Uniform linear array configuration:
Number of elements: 4
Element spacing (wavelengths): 0.5
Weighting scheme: exponential
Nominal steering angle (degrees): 0
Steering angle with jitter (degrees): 1.187
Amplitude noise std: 0.05
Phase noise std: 0.05

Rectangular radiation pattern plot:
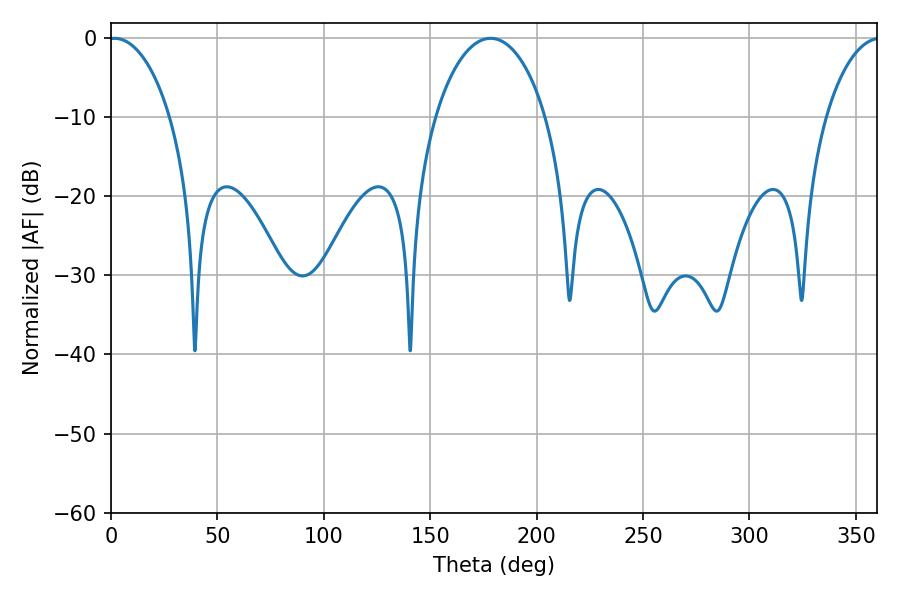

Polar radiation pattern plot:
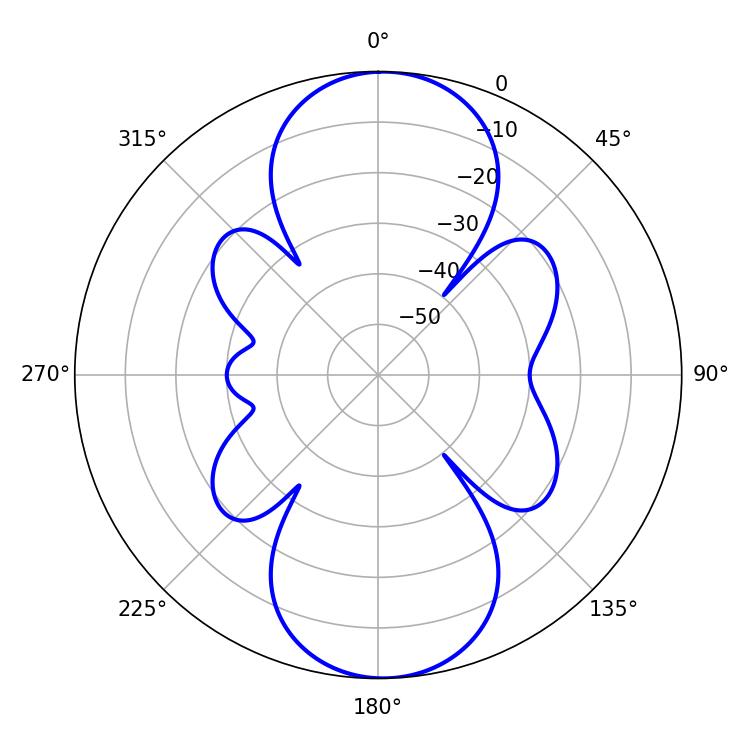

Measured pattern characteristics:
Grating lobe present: FALSE
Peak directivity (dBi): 17.692
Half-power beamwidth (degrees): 16.56
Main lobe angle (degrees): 1.62